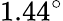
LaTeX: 1.44^{\circ}